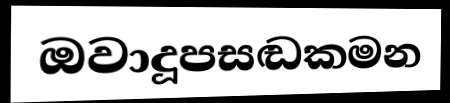
ඔවාදූපසඬකමන